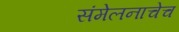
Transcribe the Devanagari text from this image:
संमेलनाचेच